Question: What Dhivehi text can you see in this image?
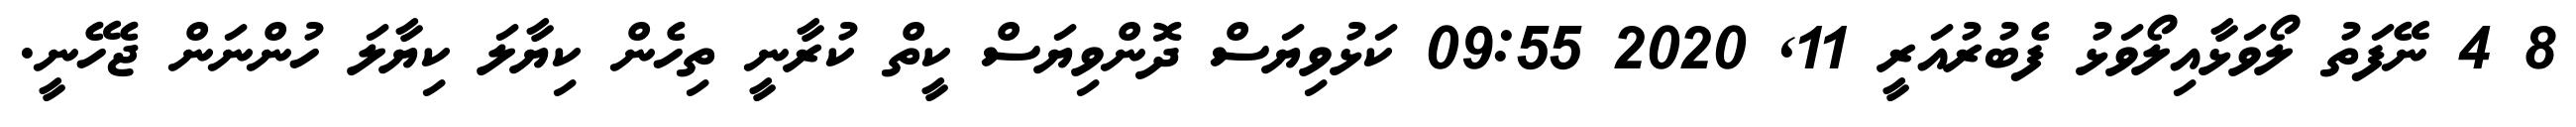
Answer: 8 4 ނޭފަތު ލޯވަޅާއިލޯވަޅު ފެބުރުއަރީ 11, 2020 09:55 ކަޅުވިޔަސް ދޮންވިޔަސް ކީތް ކުރާނީ ތިހެން ކިޔާލަ ކިޔާލަ ހުންނަން ޖެހޭނީ.